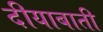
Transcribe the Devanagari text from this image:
दीयाबाती